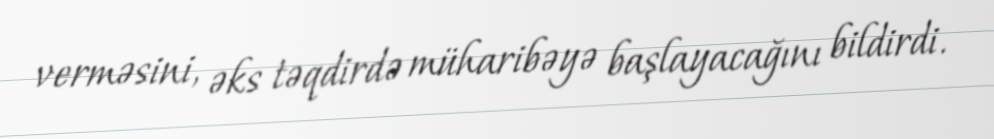
verməsini, əks təqdirdə müharibəyə başlayacağını bildirdi.